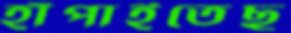
হাঁপাইতেছ